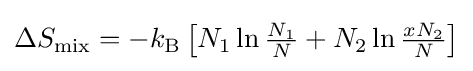
\Delta S_{\rm {mix}}=-k_{\rm {B}}\left[N_{1}\ln {\tfrac {N_{1}}{N}}+N_{2}\ln {\tfrac {xN_{2}}{N}}\right]